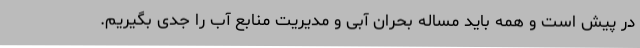
در پیش است و همه باید مساله بحران آبی و مدیریت منابع آب را جدی بگیریم.